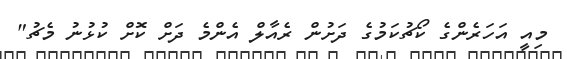
މިއީ އަހަރެންގެ ކޯޗުކަމުގެ ދަށުން ރެއާލް އެންމެ ދަށް ކޮށް ކުޅުނު މެޗު"